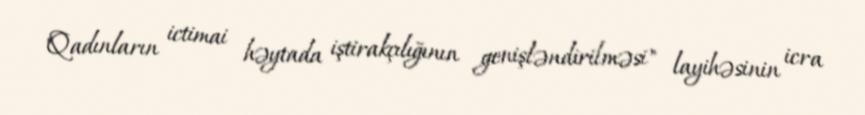
"Qadınların ictimai həytada iştirakçılığının genişləndirilməsi" layihəsinin icra